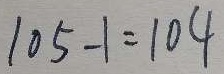
1 0 5 - 1 = 1 0 4